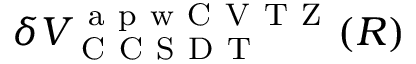
\delta V _ { \mathrm { ~ C ~ C ~ S ~ D ~ T ~ } } ^ { \mathrm { ~ a ~ p ~ w ~ C ~ V ~ T ~ Z ~ } } ( R )